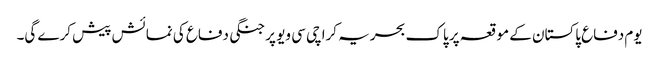
یوم دفاع پاکستان کے موقعہ پر پاک بحریہ کراچی سی ویو پر جنگی دفاع کی نمائش پیش کرے گی۔